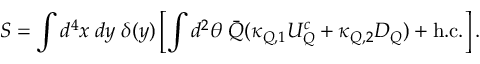
S = \int d ^ { 4 } x \; d y \; \delta ( y ) \left[ \int d ^ { 2 } \theta \; \bar { Q } ( \kappa _ { Q , 1 } { \cal U } _ { Q } ^ { c } + \kappa _ { Q , 2 } { \cal D } _ { Q } ) + \mathrm { h . c . } \right] .